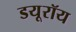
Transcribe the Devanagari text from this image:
डयूरॉय